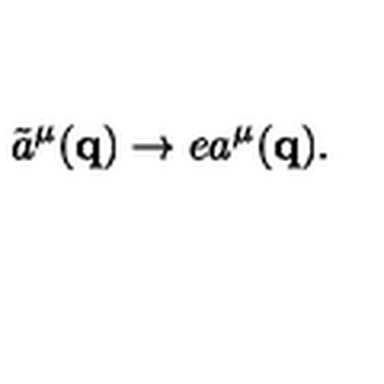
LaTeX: \tilde { a } ^ { \mu } ( { \mathbf { q } } ) \rightarrow e a ^ { \mu } ( { \mathbf { q } } ) .